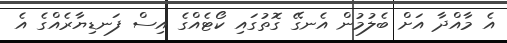
އެ މާއްދާ އަށް ބެލުމުން އެނގޭ ގޮތުގައި ކޯޓެއްގެ އިސް ފަނޑިޔާރެއްގެ އެ